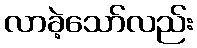
လာခဲ့သော်လည်း